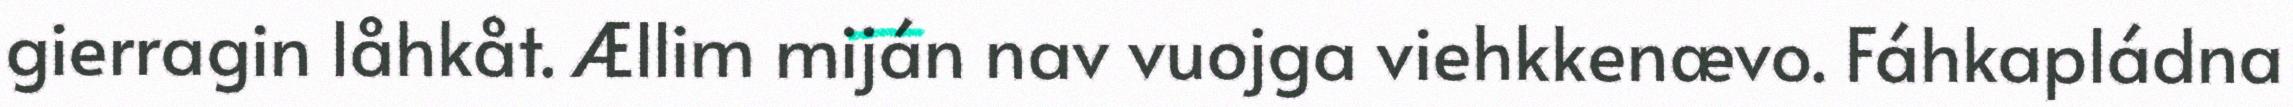
gierragin låhkåt. Ællim miján nav vuojga viehkkenævo. Fáhkapládna